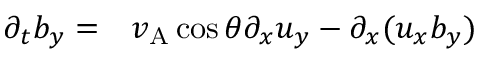
\begin{array} { r l } { \partial _ { t } b _ { y } = } & { { } v _ { \mathrm { A } } \cos \theta \partial _ { x } u _ { y } - \partial _ { x } ( u _ { x } b _ { y } ) } \end{array}